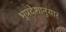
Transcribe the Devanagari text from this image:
भूप्रदेशानुसार